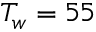
T _ { w } = 5 5